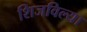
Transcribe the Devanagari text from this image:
शिजविल्या